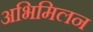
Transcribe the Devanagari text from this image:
अभिमिलन